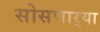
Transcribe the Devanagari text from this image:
सोसणार्‍या